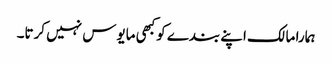
ہمارا مالک اپنے بندے کوکبھی مایوس نہیں کرتا۔